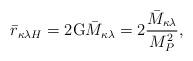
LaTeX: \begin{align*}\bar{r}_{\kappa\lambda H} = 2\mbox{G}\bar{M}_{\kappa\lambda} = 2\frac{\bar{M}_{\kappa\lambda}}{M_P^2},\end{align*}